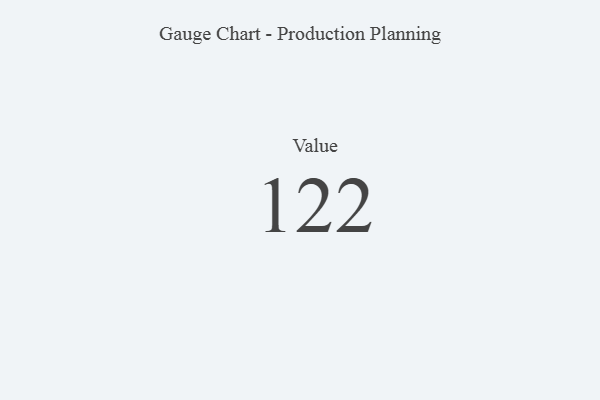
{"axis": {"x": "Metric", "y": "Value"}, "legend": [""], "data": [{"x": "Value", "y": 122, "type": ""}]}